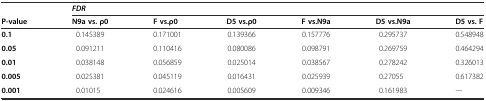
<table><thead><tr><td></td><td colspan="6"><b><i>FDR</i></b></td></tr><tr><td><b>P-value</b></td><td><b>N9a vs. ρ0</b></td><td><b>F vs.ρ0</b></td><td><b>D5 vs.ρ0</b></td><td><b>F vs.N9a</b></td><td><b>D5 vs.N9a</b></td><td><b>D5 vs. F</b></td></tr></thead><tbody><tr><td><b>0.1</b></td><td>0.145389</td><td>0.171001</td><td>0.139366</td><td>0.157776</td><td>0.295737</td><td>0.548948</td></tr><tr><td><b>0.05</b></td><td>0.091211</td><td>0.110416</td><td>0.080086</td><td>0.098791</td><td>0.269759</td><td>0.464294</td></tr><tr><td><b>0.01</b></td><td>0.038148</td><td>0.056859</td><td>0.025014</td><td>0.038567</td><td>0.278242</td><td>0.326013</td></tr><tr><td><b>0.005</b></td><td>0.025381</td><td>0.045119</td><td>0.016431</td><td>0.025939</td><td>0.27055</td><td>0.617382</td></tr><tr><td><b>0.001</b></td><td>0.01015</td><td>0.024616</td><td>0.005609</td><td>0.009346</td><td>0.161983</td><td>---</td></tr></tbody></table>